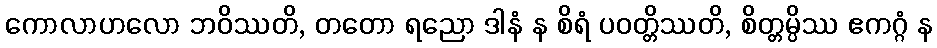
ကောလာဟလော ဘဝိဿတိ, တတော ရညော ဒါနံ န စိရံ ပဝတ္တိဿတိ, စိတ္တမ္ပိဿ ဧကဂ္ဂံ န